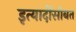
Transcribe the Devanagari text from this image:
इत्यादींसोबत